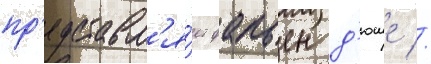
пр'едставл'я́ет фабьен д'юше //